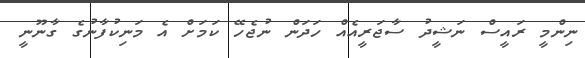
ނިންމީ ރައީސް ނަޝީދު ސާޖަރީއެއް ހަދަން ނުޖެހޭ ކަމަށް އެ މަނިކުފާނުގެ ގާނޫނީ